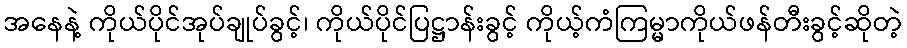
အနေနဲ့ ကိုယ်ပိုင်အုပ်ချုပ်ခွင့်၊ ကိုယ်ပိုင်ပြဋ္ဌာန်းခွင့် ကိုယ့်ကံကြမ္မာကိုယ်ဖန်တီးခွင့်ဆိုတဲ့